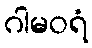
ဂါမဝရံ